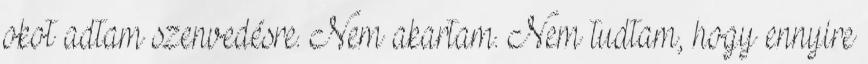
okot adtam szenvedésre. Nem akartam. Nem tudtam, hogy ennyire